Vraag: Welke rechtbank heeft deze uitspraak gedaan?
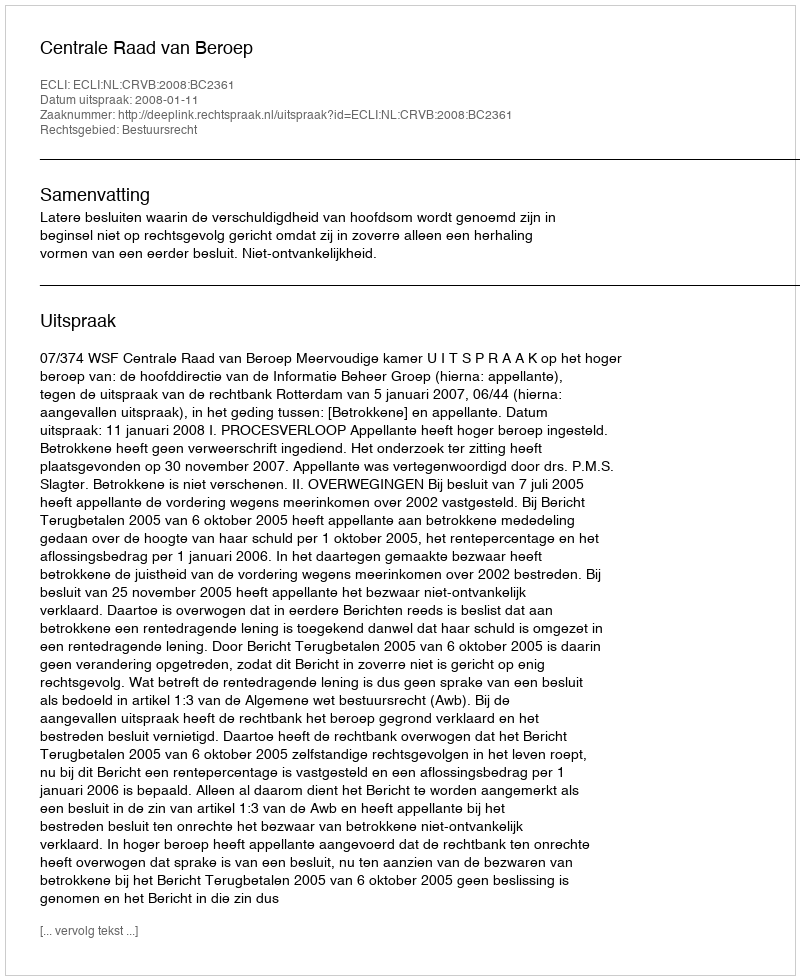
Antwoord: Centrale Raad van Beroep